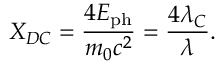
X _ { D C } = \frac { 4 E _ { \mathrm { p h } } } { m _ { 0 } c ^ { 2 } } = \frac { 4 \lambda _ { C } } { \lambda } .